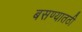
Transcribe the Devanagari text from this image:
बसण्यातठी